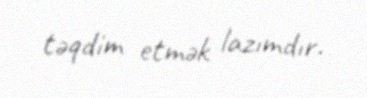
təqdim etmək lazımdır.